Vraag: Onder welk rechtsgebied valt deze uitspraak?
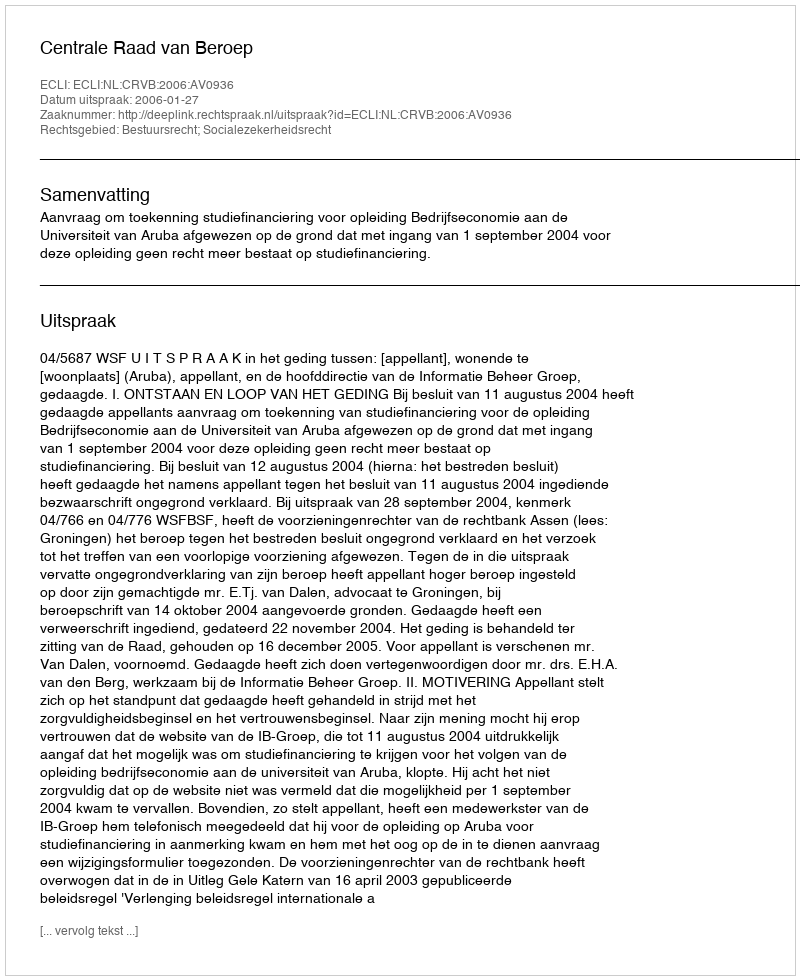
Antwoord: Bestuursrecht; Socialezekerheidsrecht